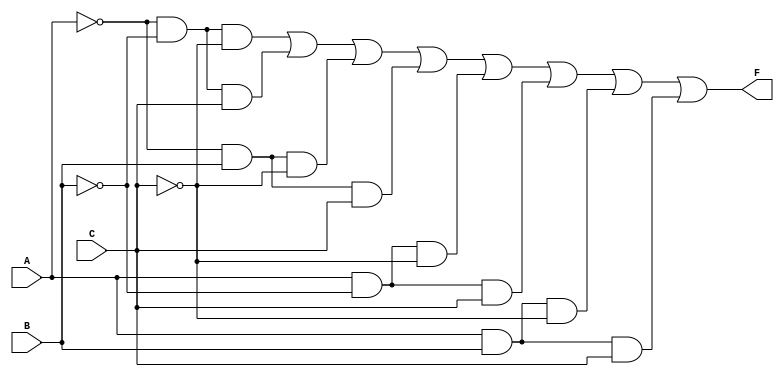
module three_variable_kmap (
    input wire A,  // Input variable A
    input wire B,  // Input variable B
    input wire C,  // Input variable C
    output wire F  // Output function F
);

// Define the output F based on the K-map minterms
assign F = (~A & ~B & ~C) |  // Cell 0: A'B'C'
           (~A & ~B & C)  |  // Cell 1: A'B'C
           (~A & B & ~C)  |  // Cell 2: A'BC'
           (~A & B & C)   |  // Cell 3: A'BC
           (A & ~B & ~C)  |  // Cell 4: AB'C'
           (A & ~B & C)   |  // Cell 5: AB'C
           (A & B & ~C)   |  // Cell 6: ABC'
           (A & B & C);      // Cell 7: ABC

endmodule